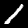
Digit: 1